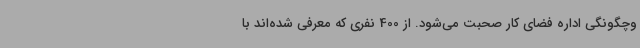
وچگونگی اداره فضای کار صحبت می‌شود. از 400 نفری که معرفی شده‌اند با